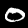
Digit: 0